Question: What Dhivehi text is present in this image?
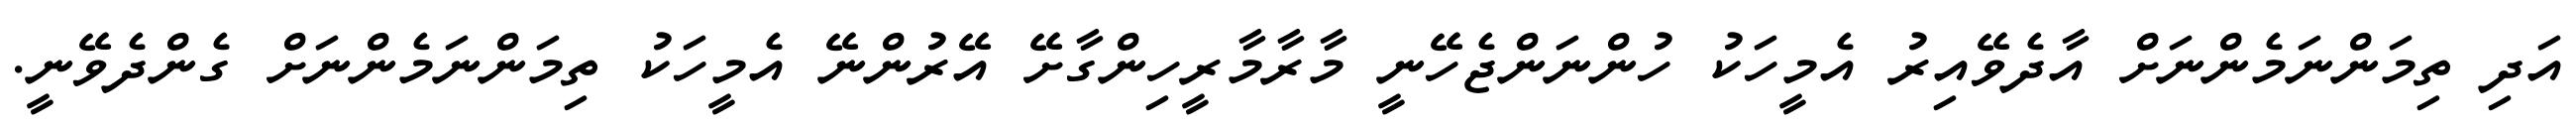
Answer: އަދި ތިމަންނަމެންނަށް އާދެވޭއިރު އެމީހަކު ހުންނަންޖެހޭނީ މާރާމާރީހިންގާށޭ އޭރުންނޭ އެމީހަކު ތިމަންނަމެންނަށް ގެންދެވޭނީ.